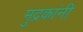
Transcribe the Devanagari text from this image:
मुद्रकांनी